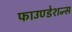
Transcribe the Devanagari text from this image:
फाउण्डेशन्स